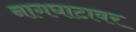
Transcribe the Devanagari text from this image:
नागघाटावर